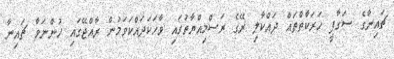
ޗައިނާގެ ސަގާފީ ހަރަކާތްތައް ދައްކާލި ރޭގެ ރަސްމިއްޔާތުގައި ވާހަކަދައްކަވަމުން ރާއްޖޭގައި ހުންނަވާ ޗައިނާ